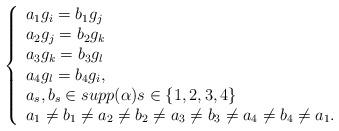
LaTeX: \begin{align*}\left\{\begin{array}{l}a_1g_i=b_1g_j\\a_2g_j=b_2g_k\\a_3g_k=b_3g_l\\a_4g_l=b_4g_i,\\ a_s,b_s \in supp(\alpha) s\in \{1,2,3,4\}\\ a_1\not= b_1\not= a_2 \not= b_2\not= a_3\not= b_3\not= a_4\not= b_4\not= a_1.\end{array} \right.\end{align*}